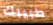
طبيبك